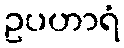
ဥပဟာရံ